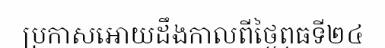
ប្រកាសអោយដឹងកាលពីថ្ងៃពុធទី២៤